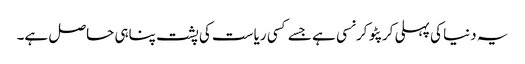
یہ دنیا کی پہلی کرپٹو کرنسی ہے جسے کسی ریاست کی پشت پناہی حاصل ہے۔